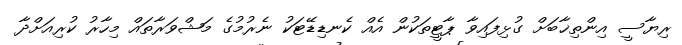
ރިޔާސީ އިންތިޚާބަށް ގުޅިފައިވާ ޕާޓީތަކުން އެއް ކެނޑިޑޭޓަކު ނެރުމުގެ މަޝްވަރާތައް މިހާރު ކުރިއަށްދާ